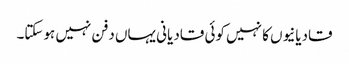
قادیانیوں کا نہیں کوئی قادیانی یہاں دفن نہیں ہوسکتا۔